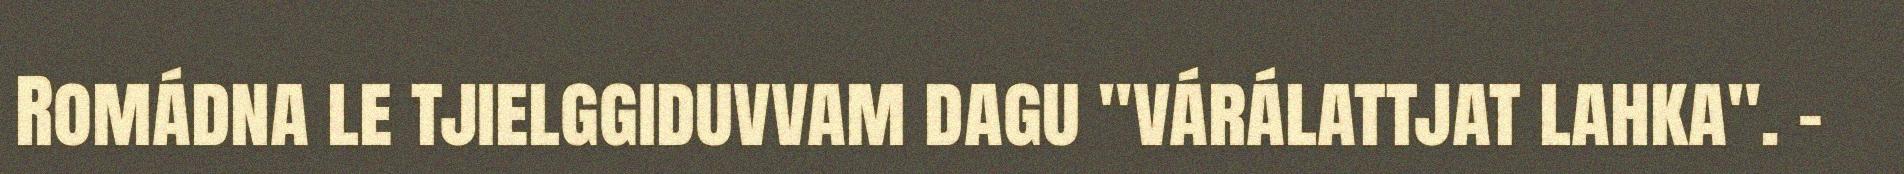
Romádna le tjielggiduvvam dagu "várálattjat lahka". -